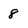
Character: 8